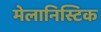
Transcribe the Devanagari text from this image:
मेलानिस्टिक